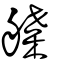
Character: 艓